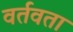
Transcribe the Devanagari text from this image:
वर्तवता